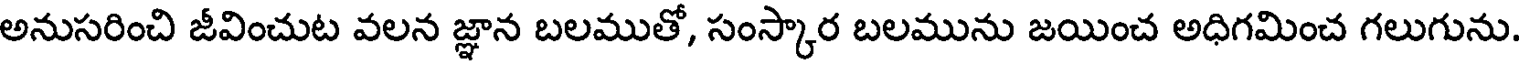
అనుసరించి జీవించుట వలన జ్ఞాన బలముతో, సంస్కార బలమును జయించ అధిగమించ గలుగును.